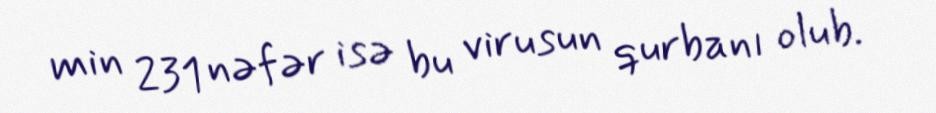
min 231 nəfər isə bu virusun qurbanı olub.